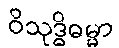
ဝိသုဒ္ဓိဓမ္မာ